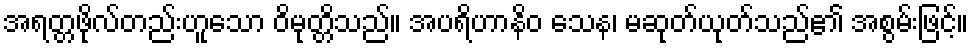
အရတ္တဖိုလ်တည်းဟူသော ဝိမုတ္တိသည်။ အပရိဟာနိဝ သေန၊ မဆုတ်ယုတ်သည်၏ အစွမ်းဖြင့်။